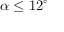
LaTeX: \alpha \leq 1 2 ^ { \circ }